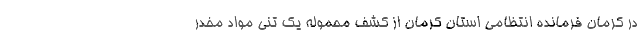
در کرمان فرمانده انتظامی استان کرمان از کشف محموله یک تنی مواد مخدر